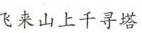
飞来山上千寻塔,